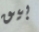
بيق